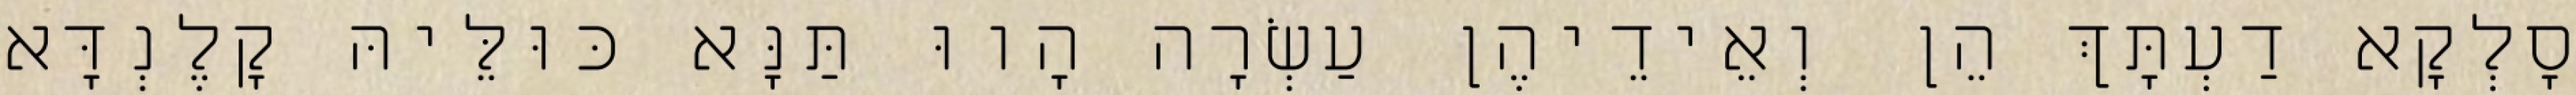
סָלְקָא דַעְתָּךְ הֵן וְאֵידֵיהֶן עַשְׂרָה הָווּ תַּנָּא כּוּלֵּיהּ קָלֶנְדָּא